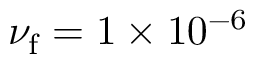
\nu _ { \mathrm { f } } = 1 \times 1 0 ^ { - 6 }